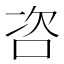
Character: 咨